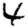
Digit: 4